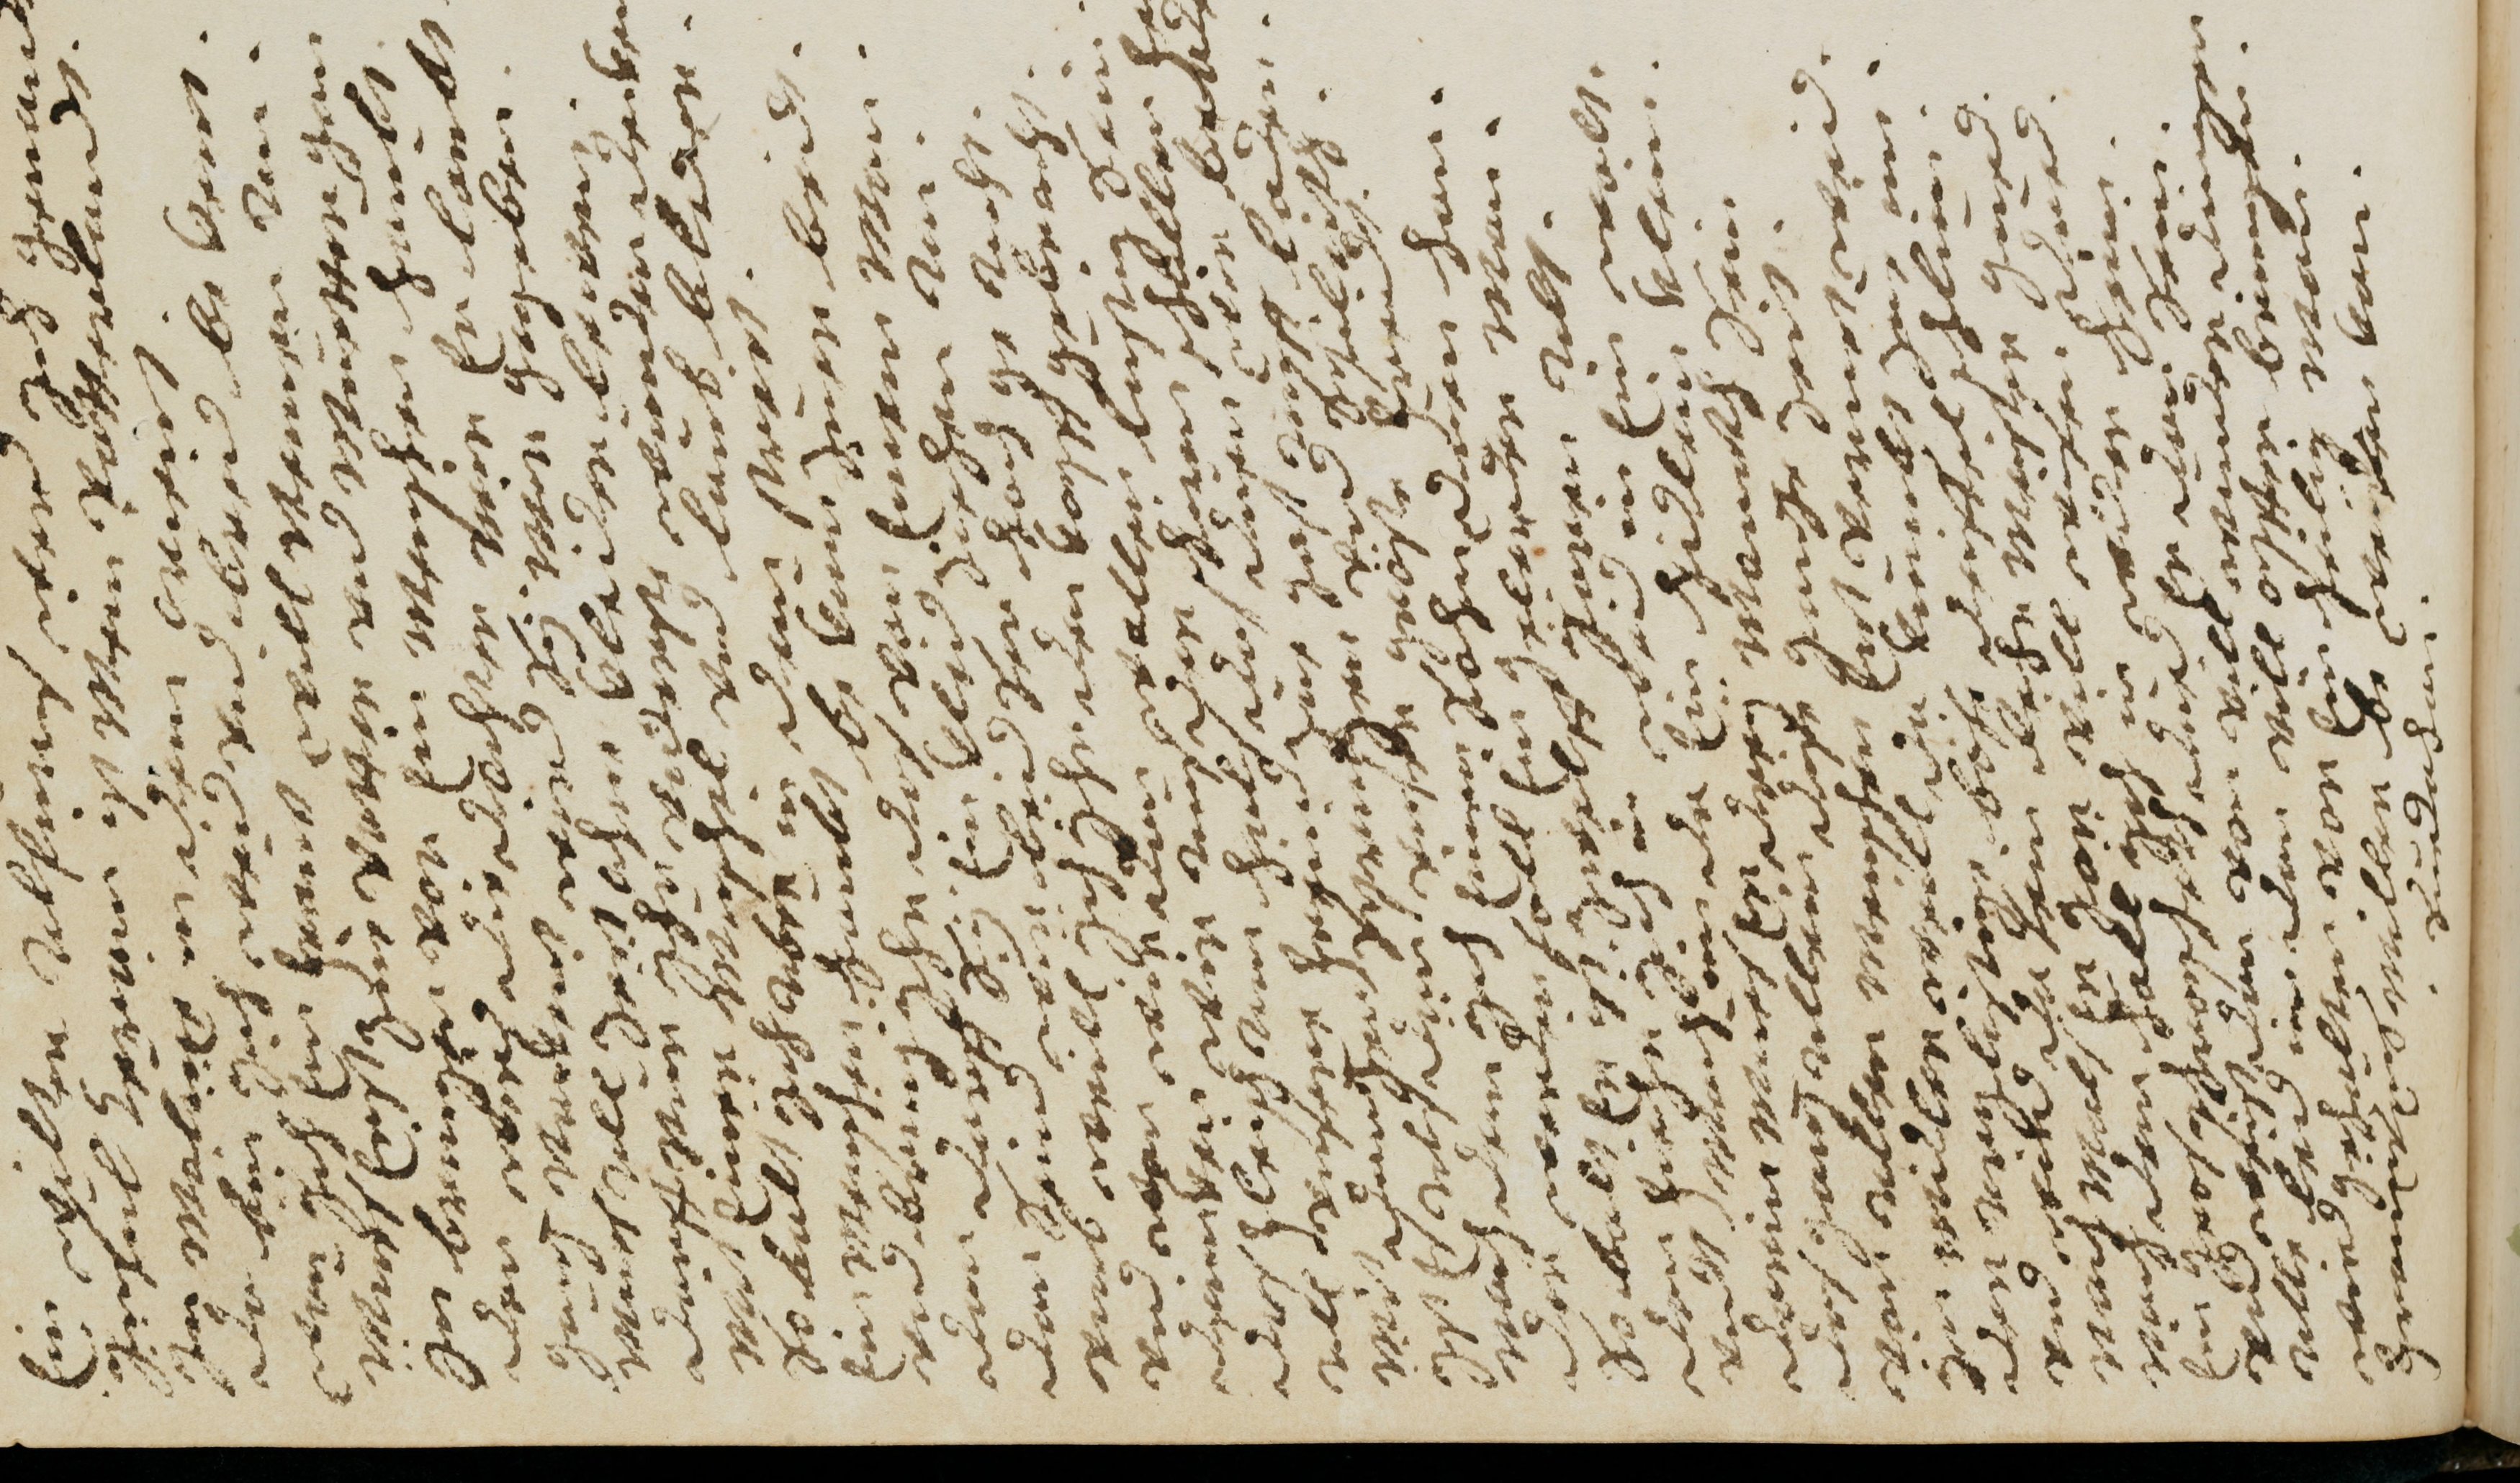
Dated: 1681–1681